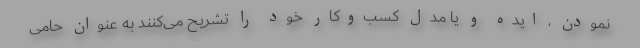
نمودن ، ایده و یا مدل کسب‌وکار خود را تشریح می‌کنند به عنوان حامی